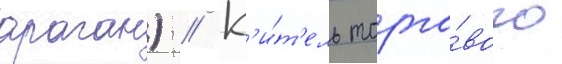
араган) // К'и́т'ель торго́вого